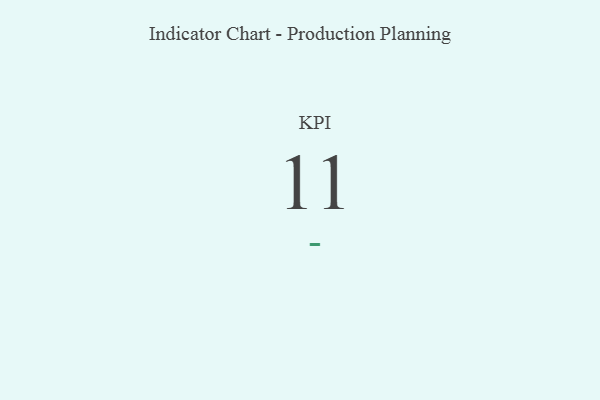
{"axis": {"x": "KPI", "y": "Value"}, "legend": [""], "data": [{"x": "KPI", "y": 11, "type": ""}]}